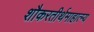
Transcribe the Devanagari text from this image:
शौकरतीर्थमाहात्म्य